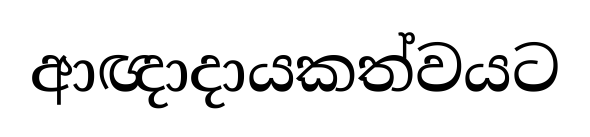
ආඥාදායකත්වයට